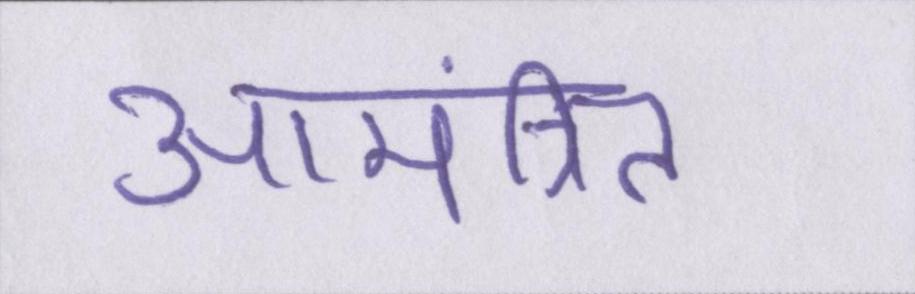
आमंत्रित